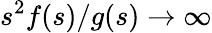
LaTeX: s^{2}f(s)/g(s)\rightarrow\infty